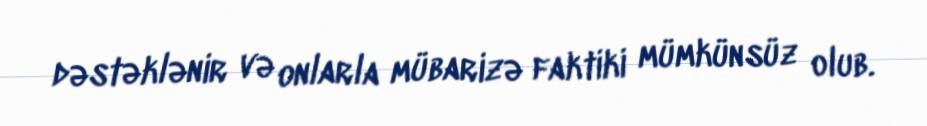
dəstəklənir və onlarla mübarizə faktiki mümkünsüz olub.